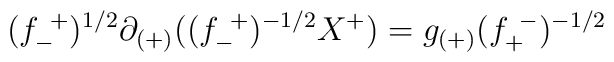
(f^{~+}_{-})^{1/2} \partial_{(+)} ((f^{~+}_{-})^{-1/2} X^+) = g_{(+)} (f^{~-}_{+})^{-1/2}